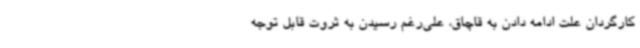
کارگردان علت ادامه دادن به قاچاق، علی‌رغم رسیدن به ثروت قابل توجه